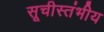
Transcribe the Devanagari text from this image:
सूचीस्तंभीय